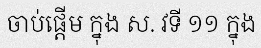
ចាប់ផ្តើម ក្នុង ស. វទី ១១ ក្នុង